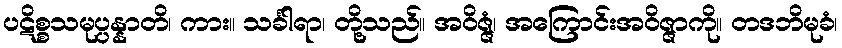
ပဋိစ္စသမုပ္ပန္နာတိ၊ ကား။ သင်္ခါရာ၊ တို့သည်။ အဝိဇ္ဇံ၊ အကြောင်းအဝိဇ္ဇာကို။ တဒဘိမုခံ၊